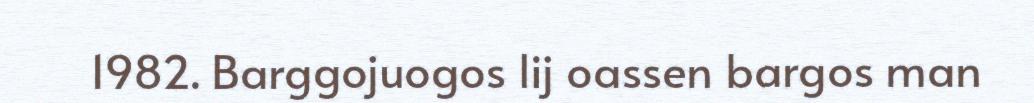
1982. Barggojuogos lij oassen bargos man